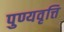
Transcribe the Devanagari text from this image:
पुण्यवृत्ति